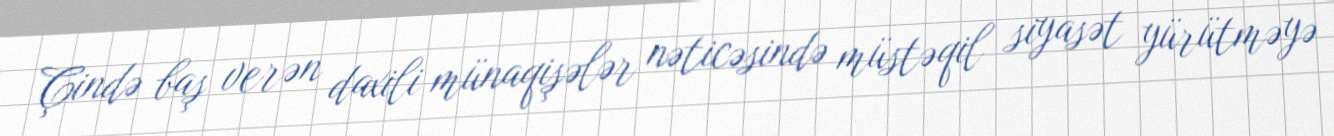
Çində baş verən daxili münaqişələr nəticəsində müstəqil siyasət yürütməyə